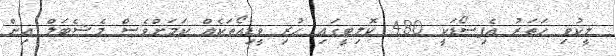
ލީކުވި ހަތަރު އެޕިސޯޑަކީ 480 ކޮލިޓީގައި ހުރި ވީޑިއޯތަކެއް ކަމަށްވެސް މެޝެބަލް އިން